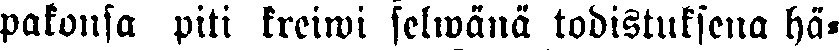
pakonsa piti kreiwi selwänä todistuksena hä-